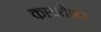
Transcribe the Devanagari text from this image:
कायदेशर